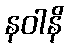
နဝါနိ